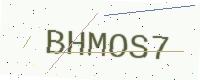
Text: BHMOS7